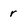
Character: r